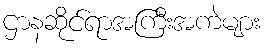
ဌာနဆိုင်ရာအကြီးအကဲများ